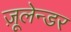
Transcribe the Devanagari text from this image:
ज़ूलेन्डर